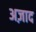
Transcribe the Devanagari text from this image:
अज़ाद